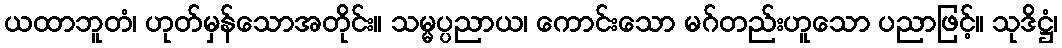
ယထာဘူတံ၊ ဟုတ်မှန်သောအတိုင်း။ သမ္မပ္ပညာယ၊ ကောင်းသော မဂ်တည်းဟူသော ပညာဖြင့်။ သုဒိဋ္ဌံ၊